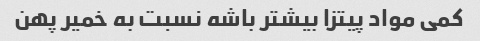
کمی مواد‌ پیتزا بیشتر باشه نسبت به خمیر پهن